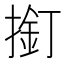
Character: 𱠣